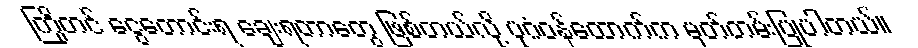
ကြိုတင် ငွေတောင်းရ ချေးရတာတွေ ဖြစ်တယ်လို့ ပုဂံဝန်ထောက်က မှတ်တမ်းပြုပါတယ်။